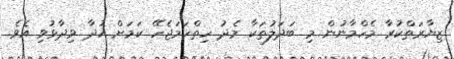
ޒިޔާރަތްކުރާ މެހްމާނުން މި ބަދަލުތަކާ މެދު ހިތްހަމަޖެހޭ ކަމަށް ހުދާ ވިދާޅުވި އެވެ.